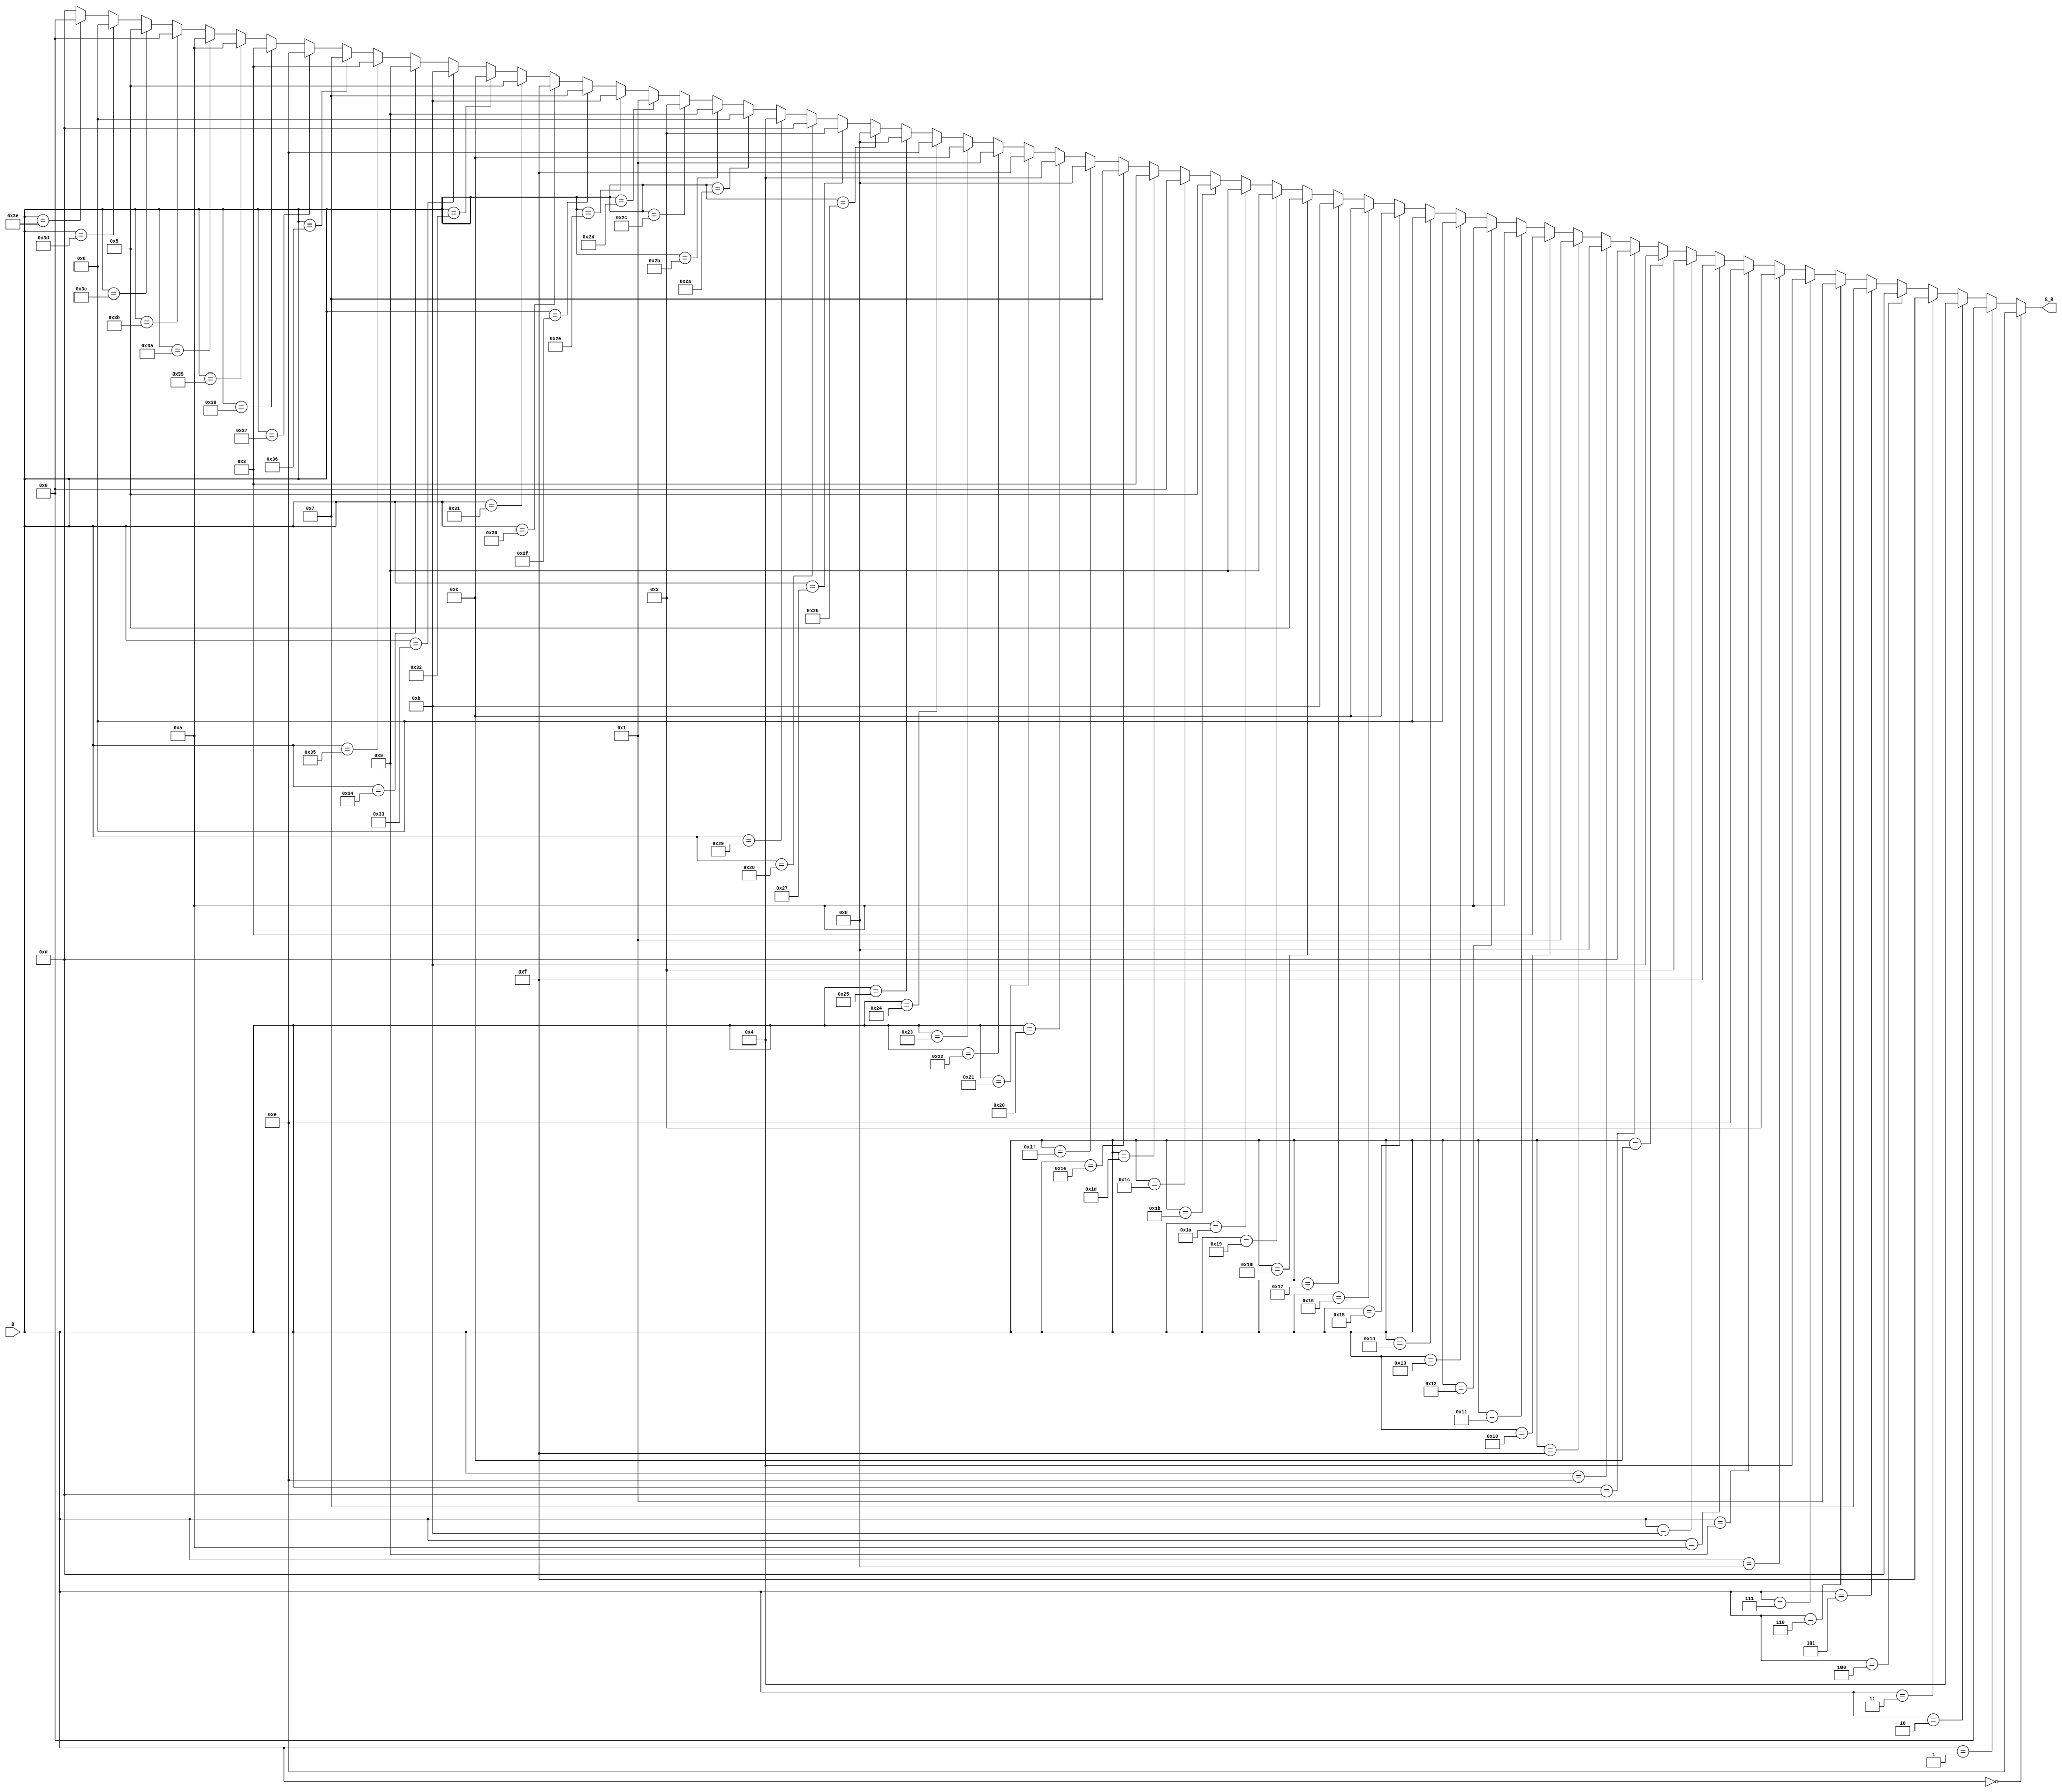
`timescale 1ns / 1ps

////////////////////////////////////////////////////////////////////////
//
//  This file is part of Descrypt Ztex Bruteforcer
//  Copyright (C) 2014 Alexey Osipov <giftsungiv3n at gmail dot com>
//
//  This program is free software: you can redistribute it and/or modify
//  it under the terms of the GNU General Public License as published by
//  the Free Software Foundation, either version 3 of the License, or
//  (at your option) any later version.
//
//  This program is distributed in the hope that it will be useful,
//  but WITHOUT ANY WARRANTY; without even the implied warranty of
//  MERCHANTABILITY or FITNESS FOR A PARTICULAR PURPOSE. See the
//  GNU General Public License for more details.
//
//  You should have received a copy of the GNU General Public License
//  along with this program. If not, see <http://www.gnu.org/licenses/>.
//
////////////////////////////////////////////////////////////////////////

module S1(
    input [5:0] B,
    output [3:0] S_B
	 //, 	 input CLK
    );

assign S_B =   (B == 0) ? 4'b1110 :
 (B == 1) ? 4'b0 :
 (B == 2) ? 4'b100 :
 (B == 3) ? 4'b1111 :
 (B == 4) ? 4'b1101 :
 (B == 5) ? 4'b111 :
 (B == 6) ? 4'b1 :
 (B == 7) ? 4'b100 :
 (B == 8) ? 4'b10 :
 (B == 9) ? 4'b1110 :
 (B == 10) ? 4'b1111 :
 (B == 11) ? 4'b10 :
 (B == 12) ? 4'b1011 :
 (B == 13) ? 4'b1101 :
 (B == 14) ? 4'b1000 :
 (B == 15) ? 4'b1 :
 (B == 16) ? 4'b11 :
 (B == 17) ? 4'b1010 :
 (B == 18) ? 4'b1010 :
 (B == 19) ? 4'b110 :
 (B == 20) ? 4'b110 :
 (B == 21) ? 4'b1100 :
 (B == 22) ? 4'b1100 :
 (B == 23) ? 4'b1011 :
 (B == 24) ? 4'b101 :
 (B == 25) ? 4'b1001 :
 (B == 26) ? 4'b1001 :
 (B == 27) ? 4'b101 :
 (B == 28) ? 4'b0 :
 (B == 29) ? 4'b11 :
 (B == 30) ? 4'b111 :
 (B == 31) ? 4'b1000 :
 (B == 32) ? 4'b100 :
 (B == 33) ? 4'b1111 :
 (B == 34) ? 4'b1 :
 (B == 35) ? 4'b1100 :
 (B == 36) ? 4'b1110 :
 (B == 37) ? 4'b1000 :
 (B == 38) ? 4'b1000 :
 (B == 39) ? 4'b10 :
 (B == 40) ? 4'b1101 :
 (B == 41) ? 4'b100 :
 (B == 42) ? 4'b110 :
 (B == 43) ? 4'b1001 :
 (B == 44) ? 4'b10 :
 (B == 45) ? 4'b1 :
 (B == 46) ? 4'b1011 :
 (B == 47) ? 4'b111 :
 (B == 48) ? 4'b1111 :
 (B == 49) ? 4'b101 :
 (B == 50) ? 4'b1100 :
 (B == 51) ? 4'b1011 :
 (B == 52) ? 4'b1001 :
 (B == 53) ? 4'b11 :
 (B == 54) ? 4'b111 :
 (B == 55) ? 4'b1110 :
 (B == 56) ? 4'b11 :
 (B == 57) ? 4'b1010 :
 (B == 58) ? 4'b1010 :
 (B == 59) ? 4'b0 :
 (B == 60) ? 4'b101 :
 (B == 61) ? 4'b110 :
 (B == 62) ? 4'b0 : 4'b1101;
endmodule

module S2(
    input [5:0] B,
    output [3:0] S_B
	 //,	 input CLK
    );
assign S_B =   (B == 0) ? 4'b1111 :
 (B == 1) ? 4'b11 :
 (B == 2) ? 4'b1 :
 (B == 3) ? 4'b1101 :
 (B == 4) ? 4'b1000 :
 (B == 5) ? 4'b100 :
 (B == 6) ? 4'b1110 :
 (B == 7) ? 4'b111 :
 (B == 8) ? 4'b110 :
 (B == 9) ? 4'b1111 :
 (B == 10) ? 4'b1011 :
 (B == 11) ? 4'b10 :
 (B == 12) ? 4'b11 :
 (B == 13) ? 4'b1000 :
 (B == 14) ? 4'b100 :
 (B == 15) ? 4'b1110 :
 (B == 16) ? 4'b1001 :
 (B == 17) ? 4'b1100 :
 (B == 18) ? 4'b111 :
 (B == 19) ? 4'b0 :
 (B == 20) ? 4'b10 :
 (B == 21) ? 4'b1 :
 (B == 22) ? 4'b1101 :
 (B == 23) ? 4'b1010 :
 (B == 24) ? 4'b1100 :
 (B == 25) ? 4'b110 :
 (B == 26) ? 4'b0 :
 (B == 27) ? 4'b1001 :
 (B == 28) ? 4'b101 :
 (B == 29) ? 4'b1011 :
 (B == 30) ? 4'b1010 :
 (B == 31) ? 4'b101 :
 (B == 32) ? 4'b0 :
 (B == 33) ? 4'b1101 :
 (B == 34) ? 4'b1110 :
 (B == 35) ? 4'b1000 :
 (B == 36) ? 4'b111 :
 (B == 37) ? 4'b1010 :
 (B == 38) ? 4'b1011 :
 (B == 39) ? 4'b1 :
 (B == 40) ? 4'b1010 :
 (B == 41) ? 4'b11 :
 (B == 42) ? 4'b100 :
 (B == 43) ? 4'b1111 :
 (B == 44) ? 4'b1101 :
 (B == 45) ? 4'b100 :
 (B == 46) ? 4'b1 :
 (B == 47) ? 4'b10 :
 (B == 48) ? 4'b101 :
 (B == 49) ? 4'b1011 :
 (B == 50) ? 4'b1000 :
 (B == 51) ? 4'b110 :
 (B == 52) ? 4'b1100 :
 (B == 53) ? 4'b111 :
 (B == 54) ? 4'b110 :
 (B == 55) ? 4'b1100 :
 (B == 56) ? 4'b1001 :
 (B == 57) ? 4'b0 :
 (B == 58) ? 4'b11 :
 (B == 59) ? 4'b101 :
 (B == 60) ? 4'b10 :
 (B == 61) ? 4'b1110 :
 (B == 62) ? 4'b1111 : 4'b1001;
endmodule 

module S3(
    input [5:0] B,
    output [3:0] S_B
	 //,	 input CLK
    );
	 
	 assign S_B =  (B == 0) ? 4'b1010 :
 (B == 1) ? 4'b1101 :
 (B == 2) ? 4'b0 :
 (B == 3) ? 4'b111 :
 (B == 4) ? 4'b1001 :
 (B == 5) ? 4'b0 :
 (B == 6) ? 4'b1110 :
 (B == 7) ? 4'b1001 :
 (B == 8) ? 4'b110 :
 (B == 9) ? 4'b11 :
 (B == 10) ? 4'b11 :
 (B == 11) ? 4'b100 :
 (B == 12) ? 4'b1111 :
 (B == 13) ? 4'b110 :
 (B == 14) ? 4'b101 :
 (B == 15) ? 4'b1010 :
 (B == 16) ? 4'b1 :
 (B == 17) ? 4'b10 :
 (B == 18) ? 4'b1101 :
 (B == 19) ? 4'b1000 :
 (B == 20) ? 4'b1100 :
 (B == 21) ? 4'b101 :
 (B == 22) ? 4'b111 :
 (B == 23) ? 4'b1110 :
 (B == 24) ? 4'b1011 :
 (B == 25) ? 4'b1100 :
 (B == 26) ? 4'b100 :
 (B == 27) ? 4'b1011 :
 (B == 28) ? 4'b10 :
 (B == 29) ? 4'b1111 :
 (B == 30) ? 4'b1000 :
 (B == 31) ? 4'b1 :
 (B == 32) ? 4'b1101 :
 (B == 33) ? 4'b1 :
 (B == 34) ? 4'b110 :
 (B == 35) ? 4'b1010 :
 (B == 36) ? 4'b100 :
 (B == 37) ? 4'b1101 :
 (B == 38) ? 4'b1001 :
 (B == 39) ? 4'b0 :
 (B == 40) ? 4'b1000 :
 (B == 41) ? 4'b110 :
 (B == 42) ? 4'b1111 :
 (B == 43) ? 4'b1001 :
 (B == 44) ? 4'b11 :
 (B == 45) ? 4'b1000 :
 (B == 46) ? 4'b0 :
 (B == 47) ? 4'b111 :
 (B == 48) ? 4'b1011 :
 (B == 49) ? 4'b100 :
 (B == 50) ? 4'b1 :
 (B == 51) ? 4'b1111 :
 (B == 52) ? 4'b10 :
 (B == 53) ? 4'b1110 :
 (B == 54) ? 4'b1100 :
 (B == 55) ? 4'b11 :
 (B == 56) ? 4'b101 :
 (B == 57) ? 4'b1011 :
 (B == 58) ? 4'b1010 :
 (B == 59) ? 4'b101 :
 (B == 60) ? 4'b1110 :
 (B == 61) ? 4'b10 :
 (B == 62) ? 4'b111 : 4'b1100;

endmodule 

module S4(
    input [5:0] B,
    output [3:0] S_B
	 //,	 input CLK
    );
assign S_B =  (B == 0) ? 4'b111 :
 (B == 1) ? 4'b1101 :
 (B == 2) ? 4'b1101 :
 (B == 3) ? 4'b1000 :
 (B == 4) ? 4'b1110 :
 (B == 5) ? 4'b1011 :
 (B == 6) ? 4'b11 :
 (B == 7) ? 4'b101 :
 (B == 8) ? 4'b0 :
 (B == 9) ? 4'b110 :
 (B == 10) ? 4'b110 :
 (B == 11) ? 4'b1111 :
 (B == 12) ? 4'b1001 :
 (B == 13) ? 4'b0 :
 (B == 14) ? 4'b1010 :
 (B == 15) ? 4'b11 :
 (B == 16) ? 4'b1 :
 (B == 17) ? 4'b100 :
 (B == 18) ? 4'b10 :
 (B == 19) ? 4'b111 :
 (B == 20) ? 4'b1000 :
 (B == 21) ? 4'b10 :
 (B == 22) ? 4'b101 :
 (B == 23) ? 4'b1100 :
 (B == 24) ? 4'b1011 :
 (B == 25) ? 4'b1 :
 (B == 26) ? 4'b1100 :
 (B == 27) ? 4'b1010 :
 (B == 28) ? 4'b100 :
 (B == 29) ? 4'b1110 :
 (B == 30) ? 4'b1111 :
 (B == 31) ? 4'b1001 :
 (B == 32) ? 4'b1010 :
 (B == 33) ? 4'b11 :
 (B == 34) ? 4'b110 :
 (B == 35) ? 4'b1111 :
 (B == 36) ? 4'b1001 :
 (B == 37) ? 4'b0 :
 (B == 38) ? 4'b0 :
 (B == 39) ? 4'b110 :
 (B == 40) ? 4'b1100 :
 (B == 41) ? 4'b1010 :
 (B == 42) ? 4'b1011 :
 (B == 43) ? 4'b1 :
 (B == 44) ? 4'b111 :
 (B == 45) ? 4'b1101 :
 (B == 46) ? 4'b1101 :
 (B == 47) ? 4'b1000 :
 (B == 48) ? 4'b1111 :
 (B == 49) ? 4'b1001 :
 (B == 50) ? 4'b1 :
 (B == 51) ? 4'b100 :
 (B == 52) ? 4'b11 :
 (B == 53) ? 4'b101 :
 (B == 54) ? 4'b1110 :
 (B == 55) ? 4'b1011 :
 (B == 56) ? 4'b101 :
 (B == 57) ? 4'b1100 :
 (B == 58) ? 4'b10 :
 (B == 59) ? 4'b111 :
 (B == 60) ? 4'b1000 :
 (B == 61) ? 4'b10 :
 (B == 62) ? 4'b100 :
  4'b1110; 
endmodule 

module S5(
    input [5:0] B,
    output [3:0] S_B
	 //,	 input CLK
    );
assign S_B =  (B == 0) ? 4'b10 :
 (B == 1) ? 4'b1110 :
 (B == 2) ? 4'b1100 :
 (B == 3) ? 4'b1011 :
 (B == 4) ? 4'b100 :
 (B == 5) ? 4'b10 :
 (B == 6) ? 4'b1 :
 (B == 7) ? 4'b1100 :
 (B == 8) ? 4'b111 :
 (B == 9) ? 4'b100 :
 (B == 10) ? 4'b1010 :
 (B == 11) ? 4'b111 :
 (B == 12) ? 4'b1011 :
 (B == 13) ? 4'b1101 :
 (B == 14) ? 4'b110 :
 (B == 15) ? 4'b1 :
 (B == 16) ? 4'b1000 :
 (B == 17) ? 4'b101 :
 (B == 18) ? 4'b101 :
 (B == 19) ? 4'b0 :
 (B == 20) ? 4'b11 :
 (B == 21) ? 4'b1111 :
 (B == 22) ? 4'b1111 :
 (B == 23) ? 4'b1010 :
 (B == 24) ? 4'b1101 :
 (B == 25) ? 4'b11 :
 (B == 26) ? 4'b0 :
 (B == 27) ? 4'b1001 :
 (B == 28) ? 4'b1110 :
 (B == 29) ? 4'b1000 :
 (B == 30) ? 4'b1001 :
 (B == 31) ? 4'b110 :
 (B == 32) ? 4'b100 :
 (B == 33) ? 4'b1011 :
 (B == 34) ? 4'b10 :
 (B == 35) ? 4'b1000 :
 (B == 36) ? 4'b1 :
 (B == 37) ? 4'b1100 :
 (B == 38) ? 4'b1011 :
 (B == 39) ? 4'b111 :
 (B == 40) ? 4'b1010 :
 (B == 41) ? 4'b1 :
 (B == 42) ? 4'b1101 :
 (B == 43) ? 4'b1110 :
 (B == 44) ? 4'b111 :
 (B == 45) ? 4'b10 :
 (B == 46) ? 4'b1000 :
 (B == 47) ? 4'b1101 :
 (B == 48) ? 4'b1111 :
 (B == 49) ? 4'b110 :
 (B == 50) ? 4'b1001 :
 (B == 51) ? 4'b1111 :
 (B == 52) ? 4'b1100 :
 (B == 53) ? 4'b0 :
 (B == 54) ? 4'b101 :
 (B == 55) ? 4'b1001 :
 (B == 56) ? 4'b110 :
 (B == 57) ? 4'b1010 :
 (B == 58) ? 4'b11 :
 (B == 59) ? 4'b100 :
 (B == 60) ? 4'b0 :
 (B == 61) ? 4'b101 :
 (B == 62) ? 4'b1110 :
  4'b11;
endmodule 

module S6(
    input [5:0] B,
    output [3:0] S_B
	 //,	 input CLK
    );
assign S_B =  (B == 0) ? 4'b1100 :
 (B == 1) ? 4'b1010 :
 (B == 2) ? 4'b1 :
 (B == 3) ? 4'b1111 :
 (B == 4) ? 4'b1010 :
 (B == 5) ? 4'b100 :
 (B == 6) ? 4'b1111 :
 (B == 7) ? 4'b10 :
 (B == 8) ? 4'b1001 :
 (B == 9) ? 4'b111 :
 (B == 10) ? 4'b10 :
 (B == 11) ? 4'b1100 :
 (B == 12) ? 4'b110 :
 (B == 13) ? 4'b1001 :
 (B == 14) ? 4'b1000 :
 (B == 15) ? 4'b101 :
 (B == 16) ? 4'b0 :
 (B == 17) ? 4'b110 :
 (B == 18) ? 4'b1101 :
 (B == 19) ? 4'b1 :
 (B == 20) ? 4'b11 :
 (B == 21) ? 4'b1101 :
 (B == 22) ? 4'b100 :
 (B == 23) ? 4'b1110 :
 (B == 24) ? 4'b1110 :
 (B == 25) ? 4'b0 :
 (B == 26) ? 4'b111 :
 (B == 27) ? 4'b1011 :
 (B == 28) ? 4'b101 :
 (B == 29) ? 4'b11 :
 (B == 30) ? 4'b1011 :
 (B == 31) ? 4'b1000 :
 (B == 32) ? 4'b1001 :
 (B == 33) ? 4'b100 :
 (B == 34) ? 4'b1110 :
 (B == 35) ? 4'b11 :
 (B == 36) ? 4'b1111 :
 (B == 37) ? 4'b10 :
 (B == 38) ? 4'b101 :
 (B == 39) ? 4'b1100 :
 (B == 40) ? 4'b10 :
 (B == 41) ? 4'b1001 :
 (B == 42) ? 4'b1000 :
 (B == 43) ? 4'b101 :
 (B == 44) ? 4'b1100 :
 (B == 45) ? 4'b1111 :
 (B == 46) ? 4'b11 :
 (B == 47) ? 4'b1010 :
 (B == 48) ? 4'b111 :
 (B == 49) ? 4'b1011 :
 (B == 50) ? 4'b0 :
 (B == 51) ? 4'b1110 :
 (B == 52) ? 4'b100 :
 (B == 53) ? 4'b1 :
 (B == 54) ? 4'b1010 :
 (B == 55) ? 4'b111 :
 (B == 56) ? 4'b1 :
 (B == 57) ? 4'b110 :
 (B == 58) ? 4'b1101 :
 (B == 59) ? 4'b0 :
 (B == 60) ? 4'b1011 :
 (B == 61) ? 4'b1000 :
 (B == 62) ? 4'b110 :
  4'b1101; 
endmodule 

module S7(
    input [5:0] B,
    output [3:0] S_B
	 //,	 input CLK
    );
assign S_B =  (B == 0) ? 4'b100 :
 (B == 1) ? 4'b1101 :
 (B == 2) ? 4'b1011 :
 (B == 3) ? 4'b0 :
 (B == 4) ? 4'b10 :
 (B == 5) ? 4'b1011 :
 (B == 6) ? 4'b1110 :
 (B == 7) ? 4'b111 :
 (B == 8) ? 4'b1111 :
 (B == 9) ? 4'b100 :
 (B == 10) ? 4'b0 :
 (B == 11) ? 4'b1001 :
 (B == 12) ? 4'b1000 :
 (B == 13) ? 4'b1 :
 (B == 14) ? 4'b1101 :
 (B == 15) ? 4'b1010 :
 (B == 16) ? 4'b11 :
 (B == 17) ? 4'b1110 :
 (B == 18) ? 4'b1100 :
 (B == 19) ? 4'b11 :
 (B == 20) ? 4'b1001 :
 (B == 21) ? 4'b101 :
 (B == 22) ? 4'b111 :
 (B == 23) ? 4'b1100 :
 (B == 24) ? 4'b101 :
 (B == 25) ? 4'b10 :
 (B == 26) ? 4'b1010 :
 (B == 27) ? 4'b1111 :
 (B == 28) ? 4'b110 :
 (B == 29) ? 4'b1000 :
 (B == 30) ? 4'b1 :
 (B == 31) ? 4'b110 :
 (B == 32) ? 4'b1 :
 (B == 33) ? 4'b110 :
 (B == 34) ? 4'b100 :
 (B == 35) ? 4'b1011 :
 (B == 36) ? 4'b1011 :
 (B == 37) ? 4'b1101 :
 (B == 38) ? 4'b1101 :
 (B == 39) ? 4'b1000 :
 (B == 40) ? 4'b1100 :
 (B == 41) ? 4'b1 :
 (B == 42) ? 4'b11 :
 (B == 43) ? 4'b100 :
 (B == 44) ? 4'b111 :
 (B == 45) ? 4'b1010 :
 (B == 46) ? 4'b1110 :
 (B == 47) ? 4'b111 :
 (B == 48) ? 4'b1010 :
 (B == 49) ? 4'b1001 :
 (B == 50) ? 4'b1111 :
 (B == 51) ? 4'b101 :
 (B == 52) ? 4'b110 :
 (B == 53) ? 4'b0 :
 (B == 54) ? 4'b1000 :
 (B == 55) ? 4'b1111 :
 (B == 56) ? 4'b0 :
 (B == 57) ? 4'b1110 :
 (B == 58) ? 4'b101 :
 (B == 59) ? 4'b10 :
 (B == 60) ? 4'b1001 :
 (B == 61) ? 4'b11 :
 (B == 62) ? 4'b10 :
 4'b1100;	 
endmodule 

module S8(
    input [5:0] B,
    output [3:0] S_B
	 //,	 input CLK
    );
assign S_B =  (B == 0) ? 4'b1101 :
 (B == 1) ? 4'b1 :
 (B == 2) ? 4'b10 :
 (B == 3) ? 4'b1111 :
 (B == 4) ? 4'b1000 :
 (B == 5) ? 4'b1101 :
 (B == 6) ? 4'b100 :
 (B == 7) ? 4'b1000 :
 (B == 8) ? 4'b110 :
 (B == 9) ? 4'b1010 :
 (B == 10) ? 4'b1111 :
 (B == 11) ? 4'b11 :
 (B == 12) ? 4'b1011 :
 (B == 13) ? 4'b111 :
 (B == 14) ? 4'b1 :
 (B == 15) ? 4'b100 :
 (B == 16) ? 4'b1010 :
 (B == 17) ? 4'b1100 :
 (B == 18) ? 4'b1001 :
 (B == 19) ? 4'b101 :
 (B == 20) ? 4'b11 :
 (B == 21) ? 4'b110 :
 (B == 22) ? 4'b1110 :
 (B == 23) ? 4'b1011 :
 (B == 24) ? 4'b101 :
 (B == 25) ? 4'b0 :
 (B == 26) ? 4'b0 :
 (B == 27) ? 4'b1110 :
 (B == 28) ? 4'b1100 :
 (B == 29) ? 4'b1001 :
 (B == 30) ? 4'b111 :
 (B == 31) ? 4'b10 :
 (B == 32) ? 4'b111 :
 (B == 33) ? 4'b10 :
 (B == 34) ? 4'b1011 :
 (B == 35) ? 4'b1 :
 (B == 36) ? 4'b100 :
 (B == 37) ? 4'b1110 :
 (B == 38) ? 4'b1 :
 (B == 39) ? 4'b111 :
 (B == 40) ? 4'b1001 :
 (B == 41) ? 4'b100 :
 (B == 42) ? 4'b1100 :
 (B == 43) ? 4'b1010 :
 (B == 44) ? 4'b1110 :
 (B == 45) ? 4'b1000 :
 (B == 46) ? 4'b10 :
 (B == 47) ? 4'b1101 :
 (B == 48) ? 4'b0 :
 (B == 49) ? 4'b1111 :
 (B == 50) ? 4'b110 :
 (B == 51) ? 4'b1100 :
 (B == 52) ? 4'b1010 :
 (B == 53) ? 4'b1001 :
 (B == 54) ? 4'b1101 :
 (B == 55) ? 4'b0 :
 (B == 56) ? 4'b1111 :
 (B == 57) ? 4'b11 :
 (B == 58) ? 4'b11 :
 (B == 59) ? 4'b101 :
 (B == 60) ? 4'b101 :
 (B == 61) ? 4'b110 :
 (B == 62) ? 4'b1000 :
  4'b1011 ;
endmodule